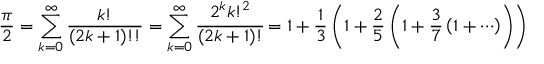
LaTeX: { \frac { \pi } { 2 } } = \sum _ { k = 0 } ^ { \infty } { \frac { k ! } { ( 2 k + 1 ) ! ! } } = \sum _ { k = 0 } ^ { \infty } { \cfrac { 2 ^ { k } k ! ^ { 2 } } { ( 2 k + 1 ) ! } } = 1 + { \frac { 1 } { 3 } } \left( 1 + { \frac { 2 } { 5 } } \left( 1 + { \frac { 3 } { 7 } } \left( 1 + \cdots \right) \right) \right)